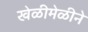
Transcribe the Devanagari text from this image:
खेळीमेळीने